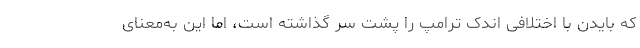
که بایدن با اختلافی اندک ترامپ را پشت سر گذاشته است، اما این به‌معنای